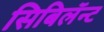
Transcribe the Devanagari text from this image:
सिबिलॅन्ट